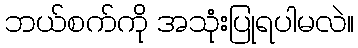
ဘယ်စက်ကို အသုံးပြုရပါမလဲ။